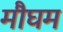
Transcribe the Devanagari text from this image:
मौघम